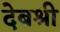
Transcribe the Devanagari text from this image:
देबश्री